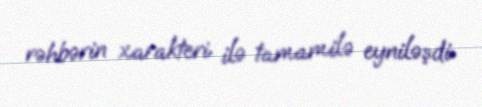
rəhbərin xarakteri ilə tamamilə eyniləşdi.